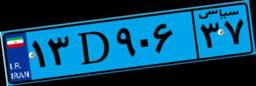
۱۳D۹۰۶۳۷